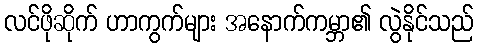
လင်ဖိုဆိုက် ဟာကွက်များ အနောက်ကမ္ဘာ၏ လွဲနိုင်သည်